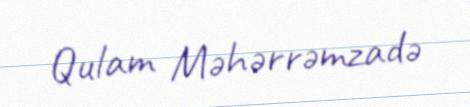
Qulam Məhərrəmzadə